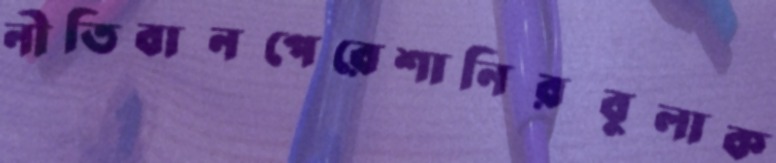
নীতিবানপেরেশানিরবুলাক